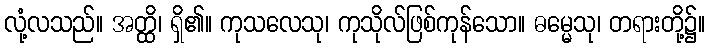
လုံ့လသည်။ အတ္ထိ၊ ရှိ၏။ ကုသလေသု၊ ကုသိုလ်ဖြစ်ကုန်သော။ ဓမ္မေသု၊ တရားတို့၌။